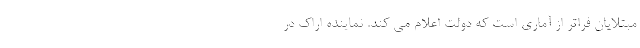
مبتلایان فراتر از آماری است که دولت اعلام می کند. نماینده اراک در